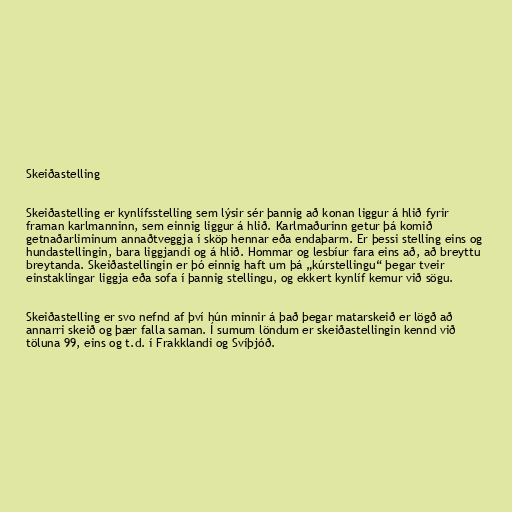
Skeiðastelling

Skeiðastelling er kynlífsstelling sem lýsir sér þannig að konan liggur á hlið fyrir
framan karlmanninn, sem einnig liggur á hlið. Karlmaðurinn getur þá komið
getnaðarliminum annaðtveggja í sköp hennar eða endaþarm. Er þessi stelling eins og
hundastellingin, bara liggjandi og á hlið. Hommar og lesbíur fara eins að, að breyttu
breytanda. Skeiðastellingin er þó einnig haft um þá „kúrstellingu“ þegar tveir
einstaklingar liggja eða sofa í þannig stellingu, og ekkert kynlíf kemur við sögu.

Skeiðastelling er svo nefnd af því hún minnir á það þegar matarskeið er lögð að
annarri skeið og þær falla saman. Í sumum löndum er skeiðastellingin kennd við
töluna 99, eins og t.d. í Frakklandi og Svíþjóð.